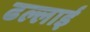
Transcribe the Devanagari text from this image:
ढल्लाई